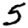
Digit: 5